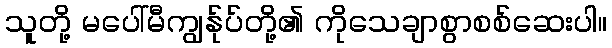
သူတို့ မပေါ်မီကျွန်ုပ်တို့၏ ကိုသေချာစွာစစ်ဆေးပါ။